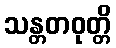
သန္တတဝုတ္တိ